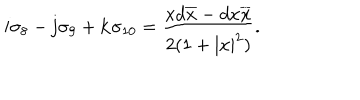
LaTeX: { \bf i } \sigma _ { 8 } - { \bf j } \sigma _ { 9 } + { \bf k } \sigma _ { 1 0 } = { \frac { x d \overline { { { x } } } - d { x } \overline { { { x } } } } { 2 ( 1 + | x | ^ { 2 } ) } } .